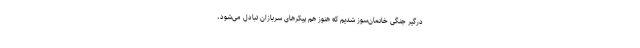
درگیر جنگی خانمان‌سوز شدیم که هنوز هم پیکرهای سربازان تبادل می‌شود،